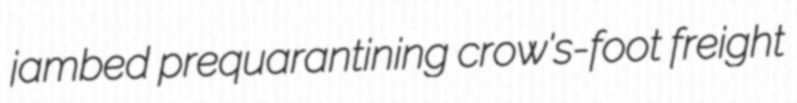
jambed prequarantining crow's-foot freight